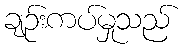
ချဉ်းကပ်မှုသည်